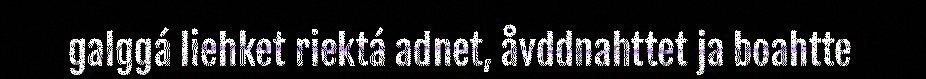
galggá liehket riektá adnet, åvddnahttet ja boahtte